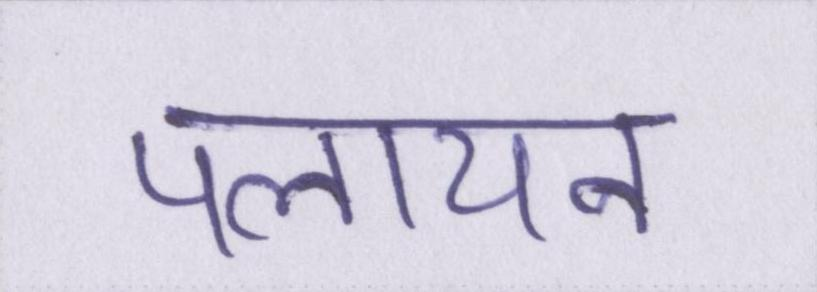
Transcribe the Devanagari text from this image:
पलायन